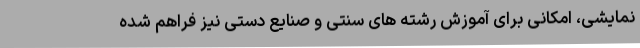
نمایشی، امکانی برای آموزش رشته های سنتی و صنایع دستی نیز فراهم شده